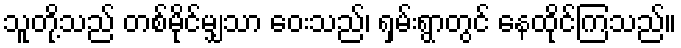
သူတို့သည် တစ်မိုင်မျှသာ ဝေးသည်၊ ရှမ်းရွာတွင် နေထိုင်ကြသည်။